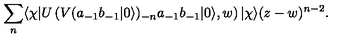
\sum _ { n } \langle \chi | U \left( V ( a _ { - 1 } b _ { - 1 } | 0 \rangle ) _ { - n } a _ { - 1 } b _ { - 1 } | 0 \rangle , w \right) | \chi \rangle ( z - w ) ^ { n - 2 } .